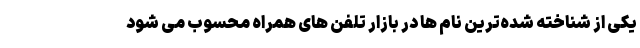
یکی از شناخته شده‌ترین نام ها در بازار تلفن های همراه محسوب می شود